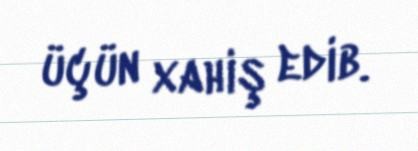
üçün xahiş edib.